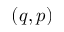
( q , p )